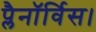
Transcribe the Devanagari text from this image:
प्लैनॉर्विस।